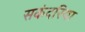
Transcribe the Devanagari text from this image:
सकंदरिया